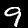
Digit: 9